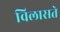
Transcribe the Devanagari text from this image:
विलासते